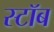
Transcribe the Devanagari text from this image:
स्टॉब